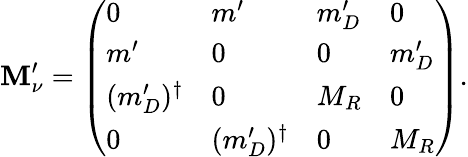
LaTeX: \mathbf{M}_{\nu}^{\prime}=\left(\begin{array}{llll}{{0}}&{{m^{\prime}}}&{{m_{D}^{\prime}}}&{{0}}\\ {{m^{\prime}}}&{{0}}&{{0}}&{{m_{D}^{\prime}}}\\ {{(m_{D}^{\prime})^{\dagger}}}&{{0}}&{{M_{R}}}&{{0}}\\ {{0}}&{{(m_{D}^{\prime})^{\dagger}}}&{{0}}&{{M_{R}}}\end{array}\right).